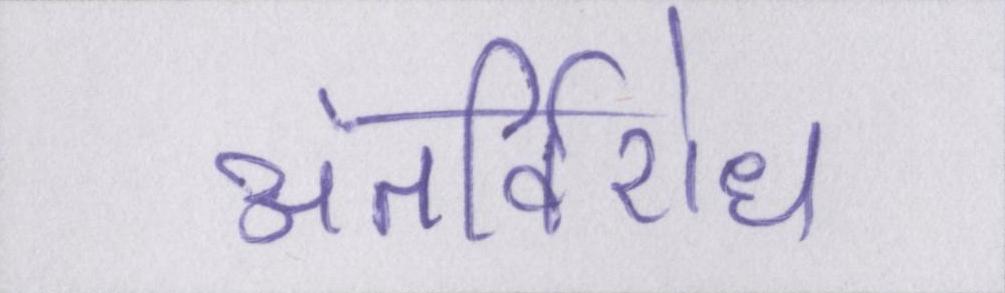
अंतर्विरोध